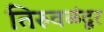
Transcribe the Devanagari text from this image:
तिरुवळंदूर